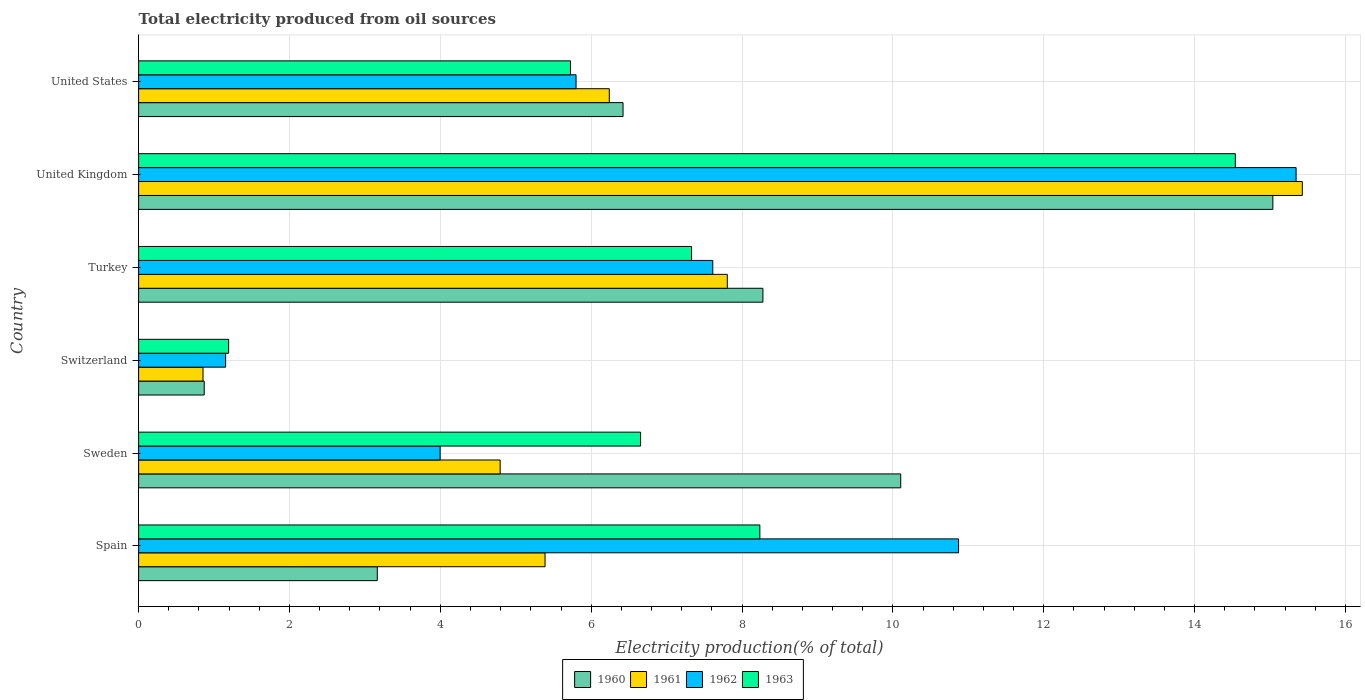
| Country | 1960 | 1961 | 1962 | 1963 |
 | --- | --- | --- | --- | --- |
 | Spain | 3.16 | 5.39 | 10.9 | 8.24 |
 | Sweden | 10.1 | 4.79 | 4 | 6.66 |
 | Switzerland | 0.87 | 0.854 | 1.15 | 1.19 |
 | Turkey | 8.28 | 7.8 | 7.61 | 7.33 |
 | United Kingdom | 15 | 15.4 | 15.3 | 14.5 |
 | United States | 6.42 | 6.24 | 5.8 | 5.73 |